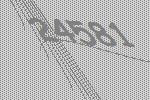
24581